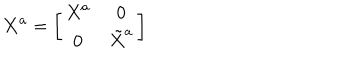
LaTeX: { \bf X } ^ { a } = \left[ \begin{array} { c c } { { { X } ^ { a } } } & { { 0 } } \\ { { 0 } } & { { \tilde { X } ^ { a } } } \\ \end{array} \right]